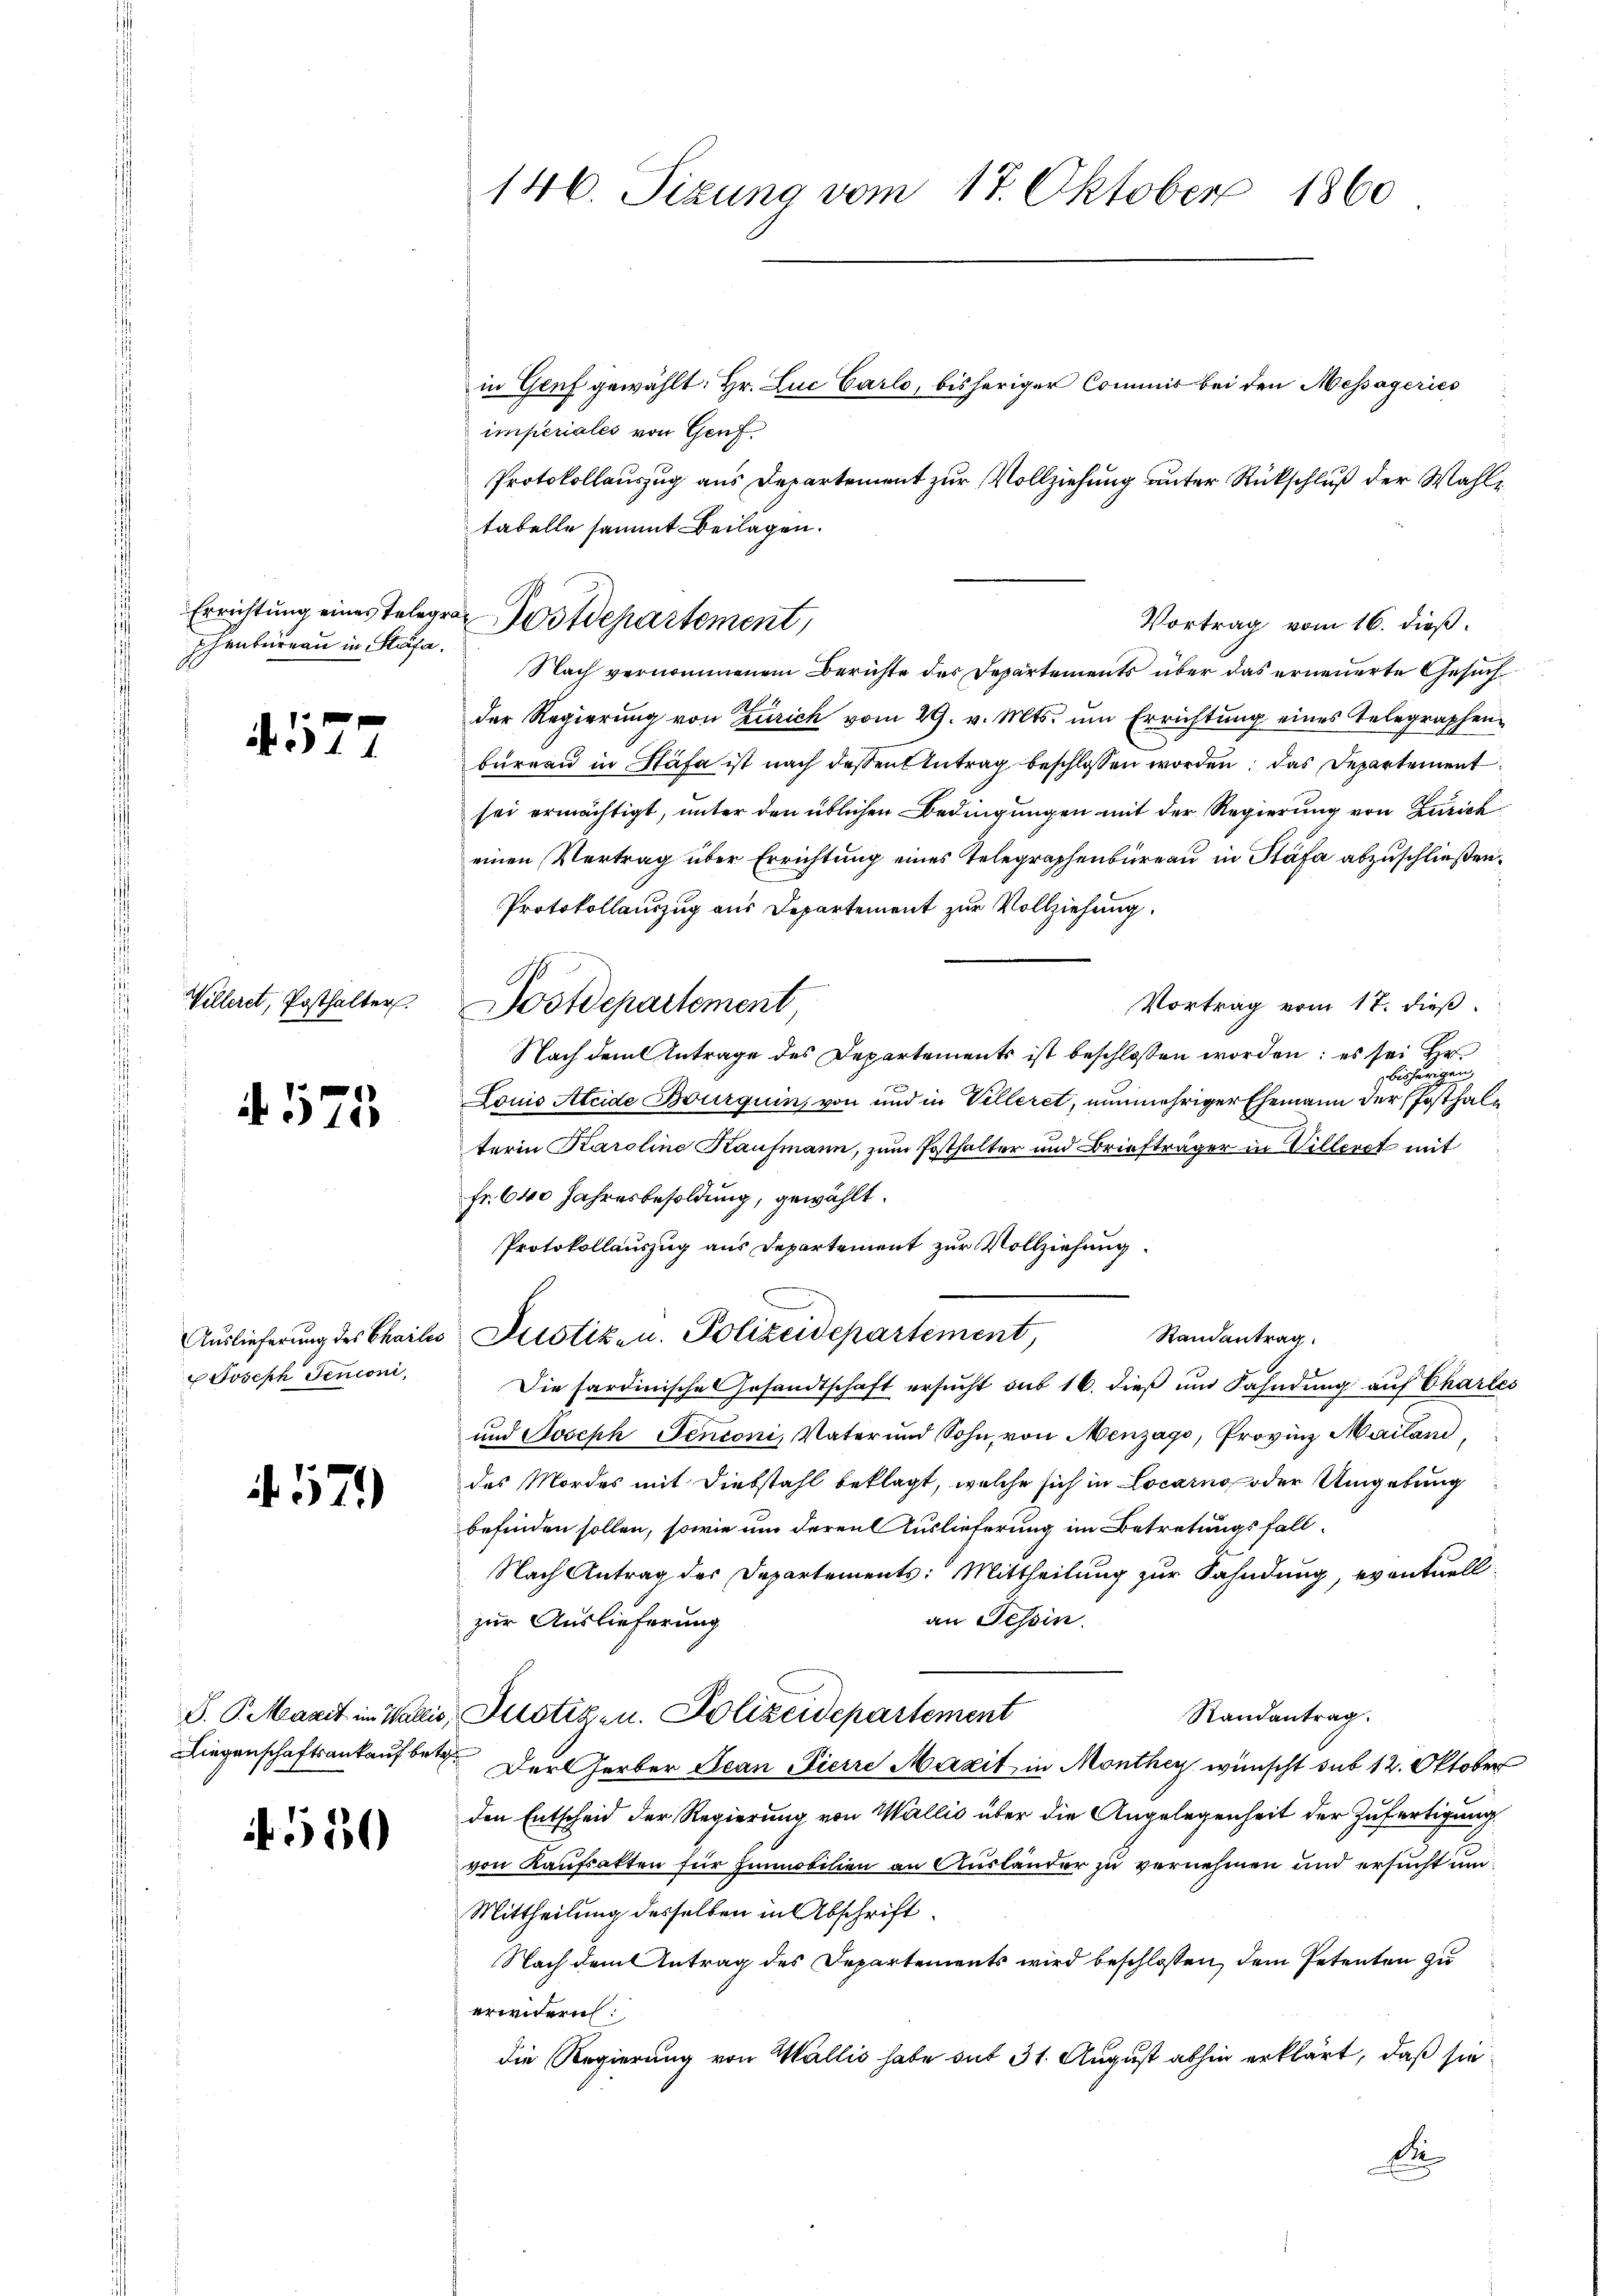
phenbureau in Stäfa.

A. 577

Villeret, Posthalter

if. 575

x Joseph Senconi,

457)

550

in Genf gewählt: Hr. Luc Carlo, bisheriger Commis bei den Messageries
imperiales von Genf
Protokollauszug aus Departement zur Vollziehung unter Rückschluß der Wahltabelle sammt Beilagen.
Nach vernommenem Berichte der Departements über das erneuerte Gesuch
der Regierŭng von Zürich vom 29. v. Mts. ŭm Errichtŭng eines Telegraphen-
bureau in Stäfa ist nach dessen Antrag beschlossen worden; das Departement
sei ermächtigt, unter den üblichen Bedingungen mit der Regierung von Zürich
einen Vertrag über Errichtung eines Telegraphenbüreau in Stäfa abzuschließen.
Protokollauszug aus Departement zur Vollziehung.
Vortrag vom 17. dieß
Postdepartement,
Nach dem Antrage des Departements ist beschlossen worden; es sei Hr.
bisherigen,
Louis Aleide Bourquin, von und in Velleret, nunmehriger Ehemann der Posthalterin Karoline Kaufmann, zum Posthalter und Briefträger in Willeret mit
Fr. 640 Jahresbesoldung, gewählt.
Protokollauszug aus Departement zur Vollziehung
Randantrag.
Auslieferung des Chailes Sistik- u. Polizeidepartement,
Die hardinische Gesandtschaft ersŭcht aus 16. dieß um Fahndung auf Charles
und Joseph Senconi, Vater und Sohn, von Menzago, Provinz Mailand,
des Mordes mit Diebstahl beklagt, welche sich in Locarno oder Umgebung
befinden sollen, sowie um deren Auslieferung im Betretungsfall¬
Nach Antrag des Departements: Mittheilung zur Fahndung, eventuell
an Tessin.
zur Auslieferung
Randantrag.
D. P. Marit in Wallis, Justiz- u. Polizeidepartement
Liegenschaftsankauf betr. Der Gerber Jean Pierre Maxit, in Monthey wünscht sub 12. Oktober
den Entscheid der Regierung von Wallis über die Angelegenheit der Zufertigung
von Kaufsakten für Immobilien an Ausländer zu vernehmen und ersucht um
Mittheilung desselben in Abschrift
Nach dem Antrag des Departements wird beschlossen, dem Petenten zu
erwidern
die Regierung von Wallis habe mit 31. August abhin erklärt, daß sie
d

146. Sizung vom 17. Oktober 1860

Errichtung eines Telegra Postdepartement,

Vortrag vom 16. dieß.